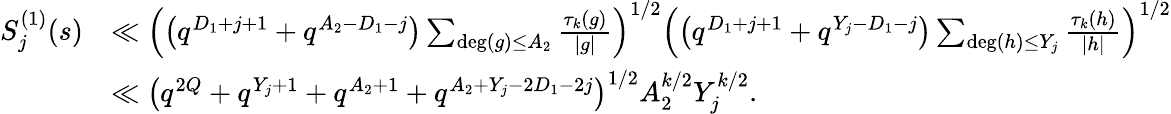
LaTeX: \begin{array}{rl}{S_{j}^{(1)}(s)}&{\ll\left(\left(q^{D_{1}+j+1}+q^{A_{2}-D_{1}-j}\right)\sum_{\deg(g)\leq A_{2}}\frac{\tau_{k}(g)}{|g|}\right)^{1/2}\left(\left(q^{D_{1}+j+1}+q^{Y_{j}-D_{1}-j}\right)\sum_{\deg(h)\leq Y_{j}}\frac{\tau_{k}(h)}{|h|}\right)^{1/2}}\\ &{\ll\left(q^{2Q}+q^{Y_{j}+1}+q^{A_{2}+1}+q^{A_{2}+Y_{j}-2D_{1}-2j}\right)^{1/2}A_{2}^{k/2}Y_{j}^{k/2}.}\end{array}